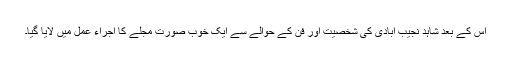
اس کے بعد شاہد نجیب آبادی کی شخصیت اور فن کے حوالے سے ایک خوب صورت مجلے کا اجراء عمل میں لایا گیا۔